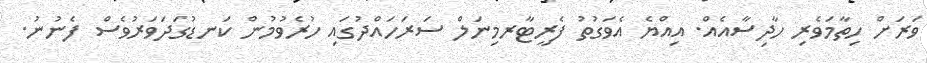
ވަރަށް ހިތާމަވެރި ހާދިސާއެއް. އިއްޔެ އެވަގުތު ފެރީޓާރމިނަލް ސަރަހައްދުގައި ހުރެވުމުން ކަނޑުގަދަވަރުވެސް ފެނުނު.